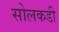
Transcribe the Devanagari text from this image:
सोलकडी